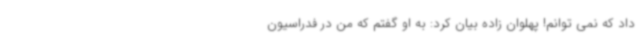
داد که نمی توانم! پهلوان زاده بیان کرد: به او گفتم که من در فدراسیون